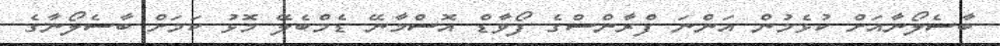
ބާސެލޯނާއަށް ކުޅެމުން އަންނަ ފްރާންސްގެ ފޯވާޑް އޮސްމާނޭ ޑެމްބެލޭ މޮޅު ކަމަށް ބާސެލޯނާގެ